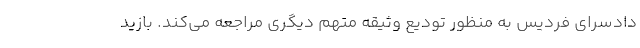
دادسرای فردیس به منظور تودیع وثیقه متهم دیگری مراجعه می‌کند. بازید